Report of the Bombay Veterinary College
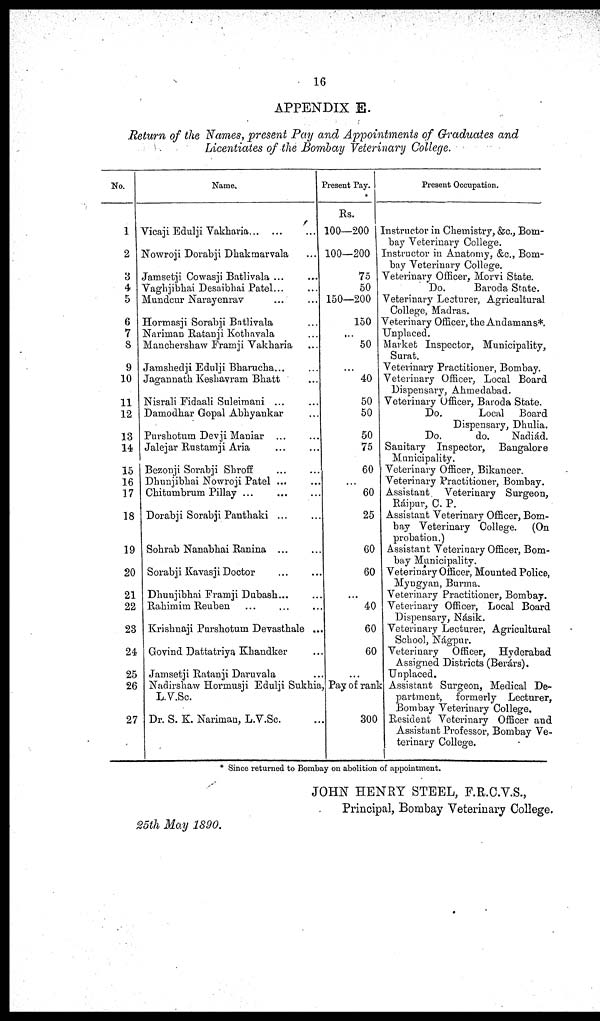
16
APPENDIX E.
Return of the Names, present Pay and Appointments of Graduates and
Licentiates of the Bombay Veterinary College.
No.
1
2
3
4
5
6
7
8
9
10
Name.
Vicaji Edulji
Vakharia...
...
Nowroji Dorabji Dhakmarvala
Jamsetji Cowasji Batlivala ...
Vaghjibhai Desaibhai Patel...
Mundcur Narayenrav
...
...
Hormasji Sorabji Batlivala
Nariman Ratanji Kothavala
Manchershaw Framji Vakharia
Jamshedji Edulji Bharucha...
Jagannath Keshavram Bhatt
11
12
13
14
15
16
17
18
19
20
21
22
23
24
25
26
27
Nisrali Fidaali Suleimani ...
Damodhar Gopal Abhyankar
Purshotum Devji Maniar
...
...
Jalejar Rustamji Aria... ...
Bezonji Sorabji
Shroff
...
...
Dhunjibhai Nowroji Patel ...
Chitumbrum
Pillay...
...
Dorabji Sorabji
Panthaki...
...
Sohrab Nanabhai Ranina
...
...
Sorabji Kavasji Doctor
...
...
Dhunjibhai Framji Dubash...
Rahimim Reuben
...
...
Krishnaji Purshotum Devasthale ..
Govind Dattatriya Khandker
Jamsetji Ratanji Daruvala...
Nadirshaw Hormusji Edulji Sukhia
L.V.Sc.
Dr. S. K. Nariman, L.V.Sc.
Present Pay.
Rs.
100—200
100—200
75
50
150—200
150
...
50
...
40
50
50
50
75
60
...
60
25
60
60
...
40
60
60
...
Pay of rank
300
Present Occupation.
Instructor in Chemistry, &c., Bom-
bay Veterinary College.
Instructor in Anatomy, &c., Bom-
bay Veterinary College.
Veterinary Officer, Morvi State.
Do.
Baroda State.
Veterinary Lecturer, Agricultural
College, Madras.
Veterinary Officer, the Andamans*.
Unplaced.
Market Inspector, Municipality,
Veterinary Practitioner, Bombay.
Veterinary Officer, Local Board
Dispensary, Ahmedabad.
Veterinary Officer, Baroda State.
Do.
Local Board
Dispensary, Dhulia.
Do.
do.
Nadiád.
Sanitary Inspector, Bangalore
Municipality.
Veterinary Officer, Bikaneer.
Veterinary Practitioner, Bombay.
Assistant. Veterinary Surgeon,
Ráipur, C. P.
Assistant Veterinary Officer, Bom-
bay Veterinary College. (On
probation.)
Assistant Veterinary Officer, Bom-
bay Municipality.
Veterinary Officer, Mounted Police,
Myngyan, Burma.
Veterinary Practitioner, Bombay.
Veterinary Officer, Local Board
Dispensary, Násik.
Veterinary Lecturer, Agricultural
School, Nágpur.
Veterinary Officer, Hyderabad
Assigned Districts (Berárs).
Unplaced.
Assistant Surgeon, Medical De-
partment, formerly Lecturer,
Bombay Veterinary College.
Resident Veterinary Officer and
Assistant Professor, Bombay Ve-
terinary College.
* Since returned to Bombay on abolition of appointment.
JOHN HENRY STEEL, F.R.C.V.S.,
Principal, Bombay Veterinary College.
25th May 1890.